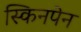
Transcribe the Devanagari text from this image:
स्किनपेन